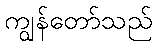
ကျွန်တော်သည်